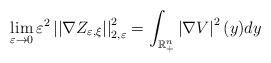
LaTeX: \begin{align*}\lim_{\varepsilon\rightarrow0}\varepsilon^{2}\left\vert \left\vert \nabla Z_{\varepsilon,\xi}\right\vert \right\vert _{2,\varepsilon}^{2}=\int_{\mathbb{R}_{+}^{n}}\left\vert \nabla V\right\vert ^{2}(y)dy\end{align*}